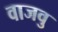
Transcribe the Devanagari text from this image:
वाजवु